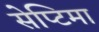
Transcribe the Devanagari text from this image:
सेप्टिमा